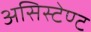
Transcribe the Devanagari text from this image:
असिस्टेण्ट